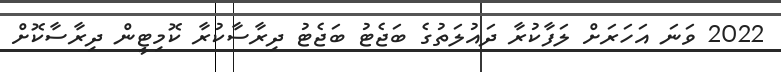
2022 ވަނަ އަހަރަށް ލަފާކުރާ ދައުލަތުގެ ބަޖެޓު ބަޖެޓު ދިރާސާކުރާ ކޮމިޓީން ދިރާސާކޮށް